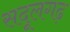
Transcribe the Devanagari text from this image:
सदूलगढ़